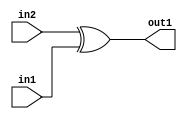
`timescale 1ps / 1ps
/*****************************************************************************
    Verilog RTL Description
    
    
    Created by: Stratus DpOpt 2019.1.01 
*******************************************************************************/

module ColorTransform_Xor_1Ux1U_1U_1 (
	in2,
	in1,
	out1
	); /* architecture "behavioural" */ 
input  in2,
	in1;
output  out1;
wire  asc001;

assign asc001 = 
	(in2)
	^(in1);

assign out1 = asc001;
endmodule

/* CADENCE  urj2Tg8= : u9/ySgnWtBlWxVPRXgAZ4Og= ** DO NOT EDIT THIS LINE ******/